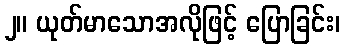
၂။ ယုတ်မာသောအလိုဖြင့် ပြောခြင်း၊